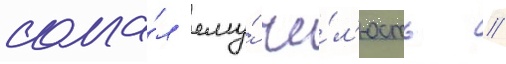
слома́л ему́ че́л'юсть //